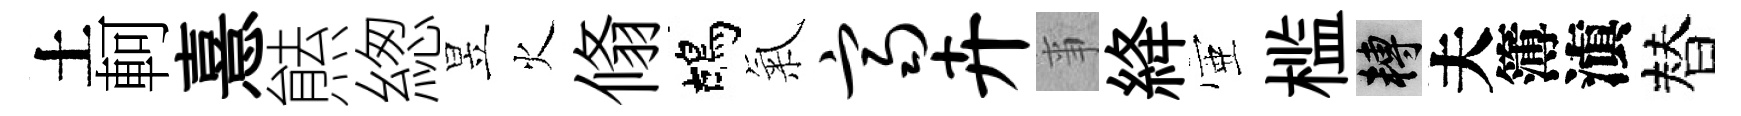
土軻憙㷱緫昱火翛鴣氣齐卉亊絳壺槛轉夫簿滇替